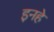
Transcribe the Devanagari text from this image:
इनहे